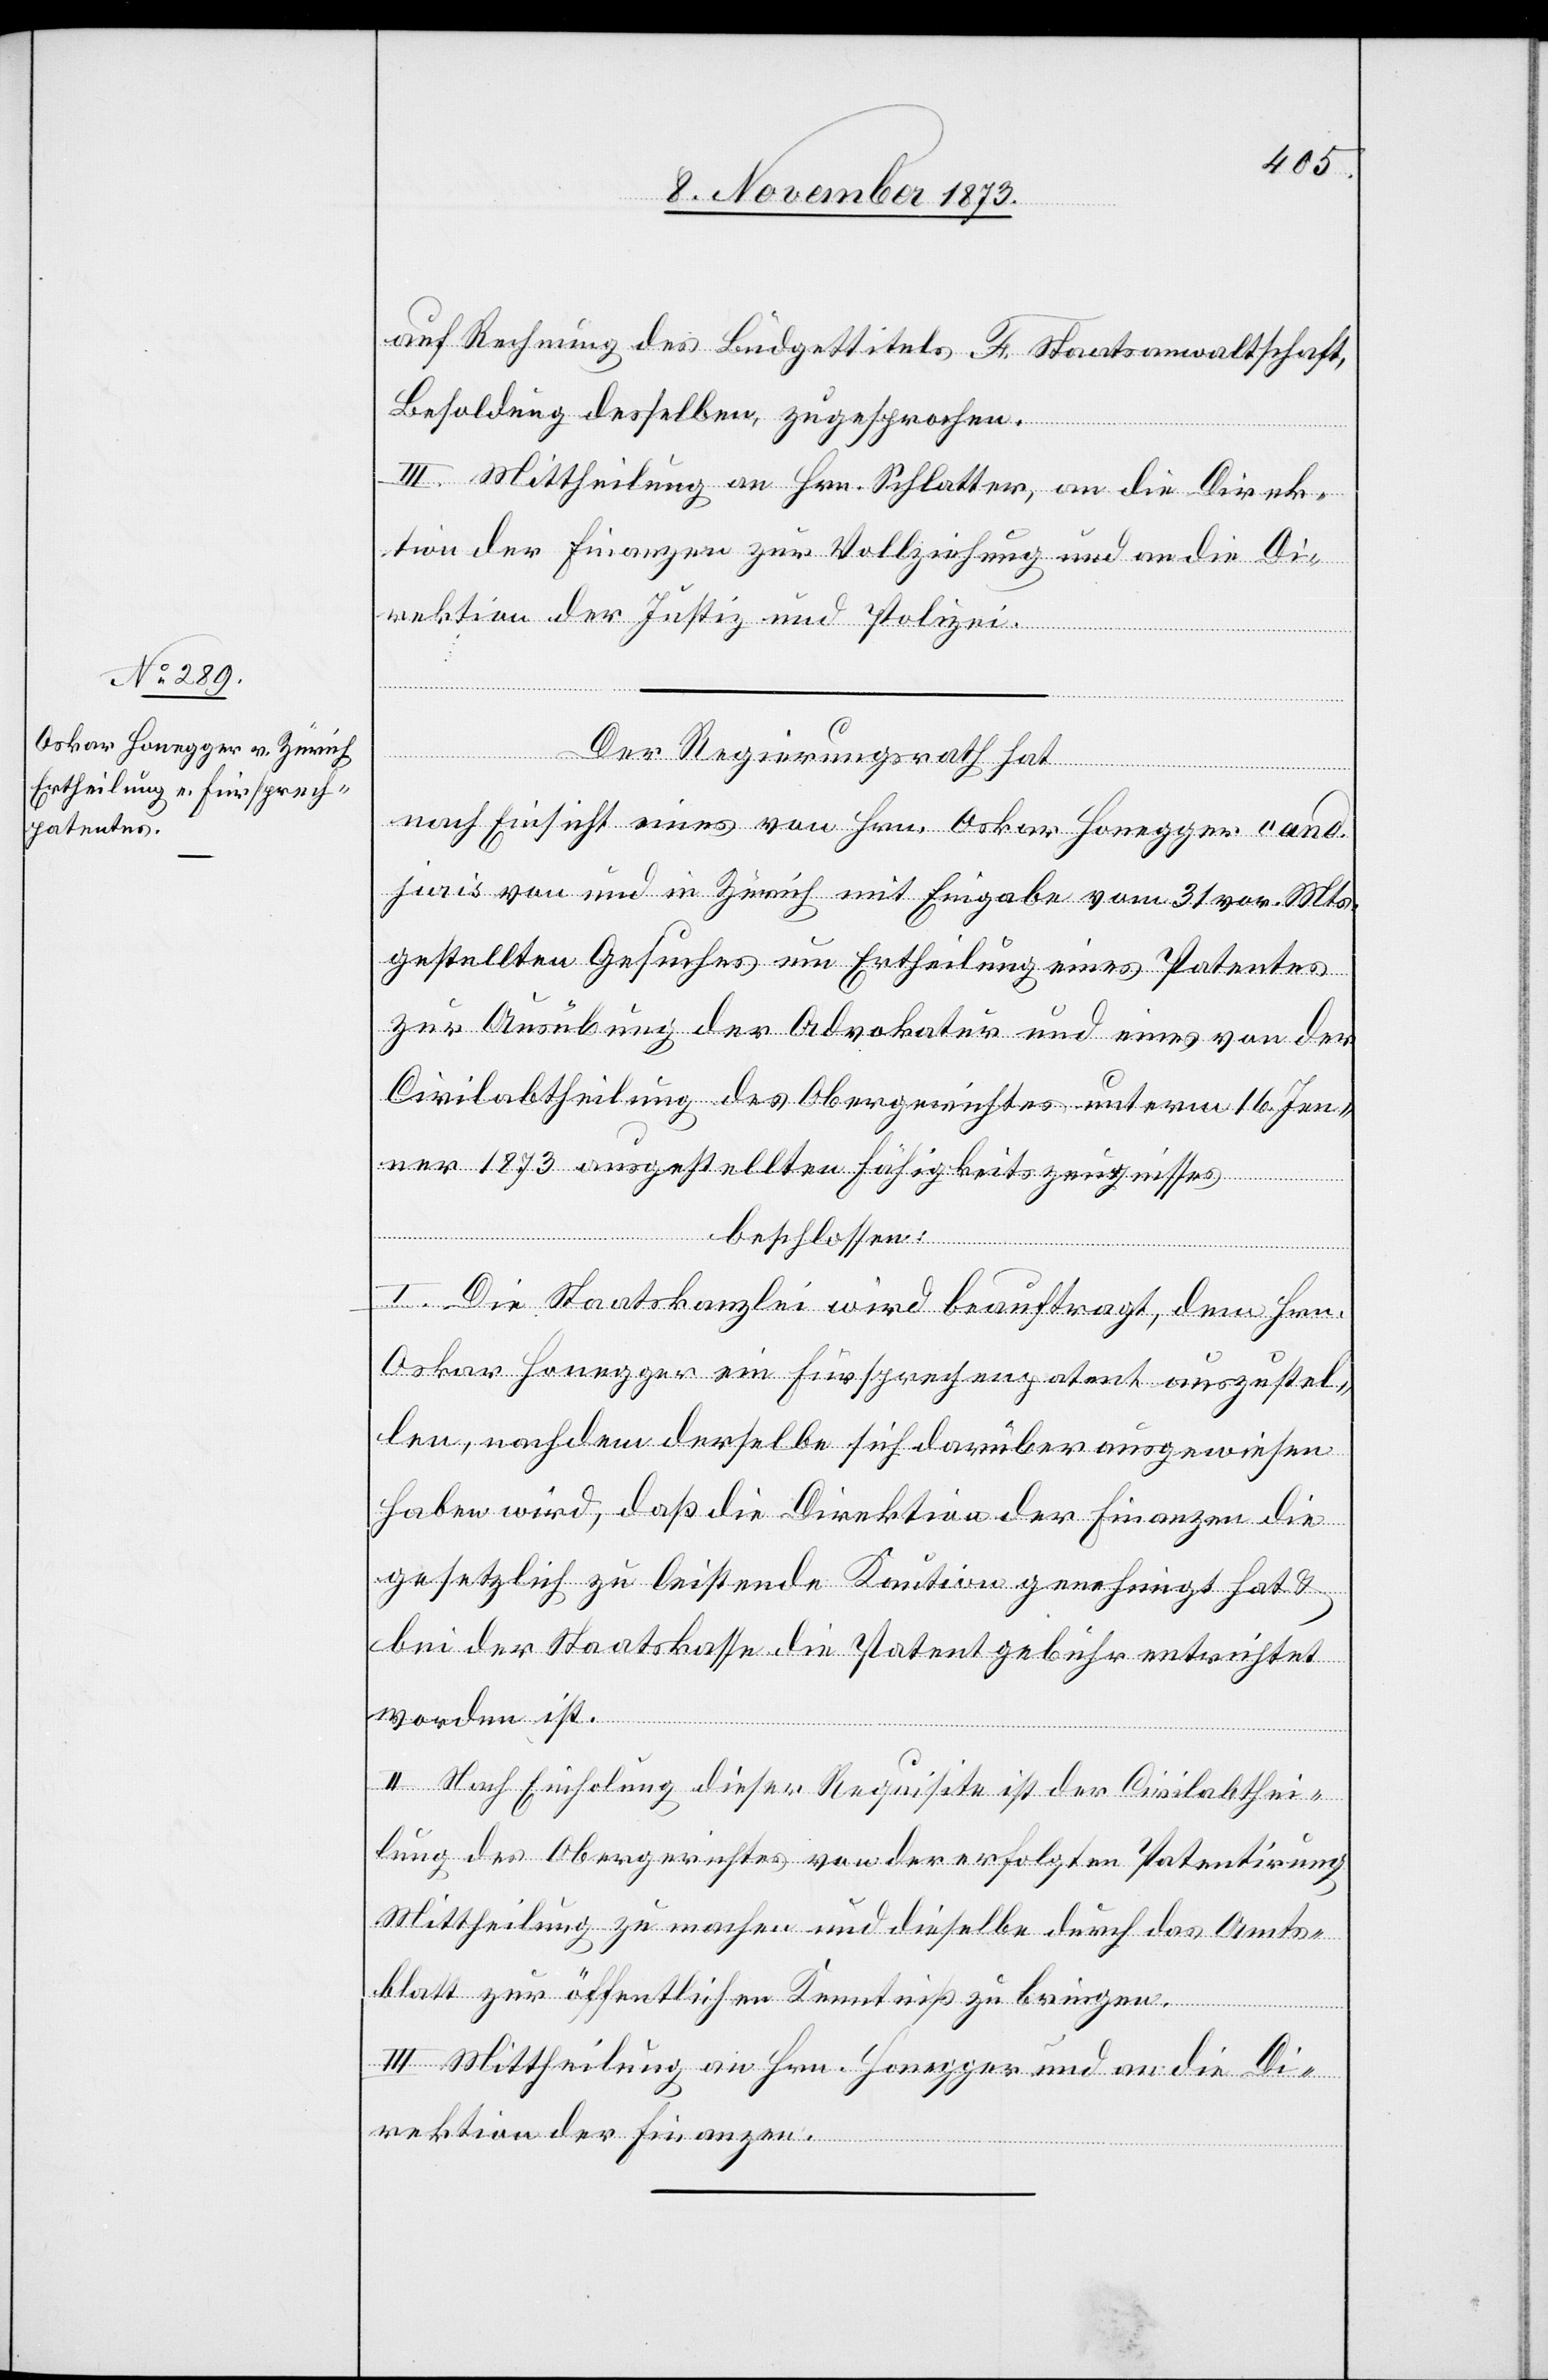
auf Rechnung des Büdgettitels F. Staatsanwaltschaft,
Besoldung desselben, zugesprochen.
III. Mittheilung an Hrn. Schlatter, an die Direk¬
tion der Finanzen zur Vollziehung und an die Di¬
rektion der Justiz und Polizei.
Der Regierungsrath hat
nach Einsicht eines von Hrn. Oskar Honegger cand.
juris von und in Zürich mit Eingabe vom 31 vor. Mts.
gestellten Gesuches um Ertheilung eines Patentes
zur Ausübung der Advokatur und eins von der
Civilabtheilung des Obergerichtes unterm 16. Jen¬
ner 1873 ausgestellten Fähigkeitszeugnisses
beschlossen:
I. Die Staatskanzlei wird beauftragt, dem Hrn.
Oskar Honegger ein Fürsprechenpatent auszustel¬
len, nachdem derselbe sich darüber ausgewiesen
haben wird, daß die Direktion der Finanzen die
gesetzlich zu leistende Kaution genehmigt hat &
bei der Staatskasse die Patentgebühr entrichtet
worden ist.
II. Nach Einholung dieser Requisite ist der Civilabthei¬
lung des Obergerichtes von der erfolgten Patentirung
Mittheilung zu machen und dieselbe durch das Amts¬
blatt zur öffentlichen Kenntniß zu bringen.
III. Mittheilung an Hrn. Honegger und an die Di¬
rektion der Finanzen.